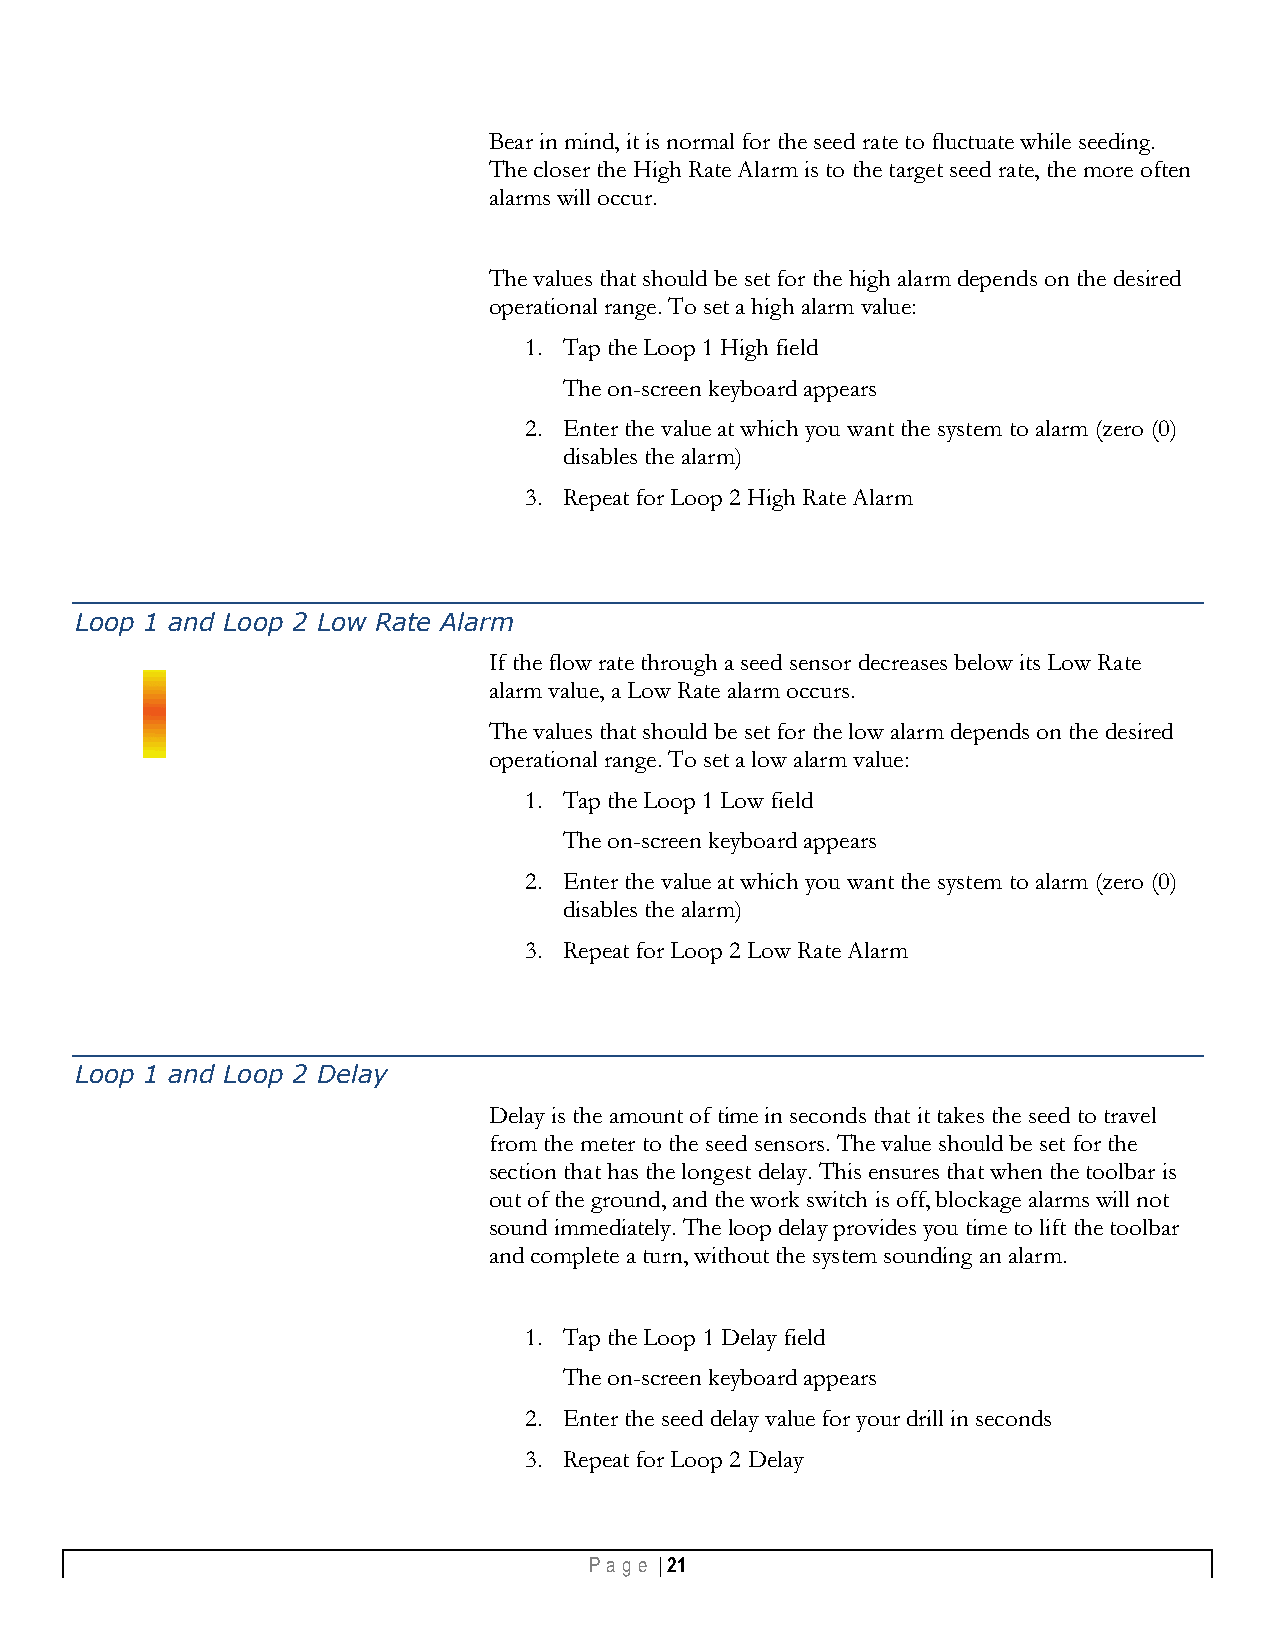
Bear in mind, it is normal for the seed rate to fluctuate while seeding.
 The closer the High Rate Alarm is to the target seed rate, the more often
 alarms will occur.
 The values that should be set for the high alarm depends on the desired
 operational range. To set a high alarm value:
 1. Tap the Loop 1 High field
 The on-screen keyboard appears
 2. Enter the value at which you want the system to alarm (zero (0)
 disables the alarm)
 3. Repeat for Loop 2 High Rate Alarm
 Loop 1 and Loop 2 Low Rate Alarm
 If the flow rate through a seed sensor decreases below its Low Rate
 alarm value, a Low Rate alarm occurs.
 The values that should be set for the low alarm depends on the desired
 operational range. To set a low alarm value:
 1. Tap the Loop 1 Low field
 The on-screen keyboard appears
 2. Enter the value at which you want the system to alarm (zero (0)
 disables the alarm)
 3. Repeat for Loop 2 Low Rate Alarm
 Loop 1 and Loop 2 Delay
 Delay is the amount of time in seconds that it takes the seed to travel
 from the meter to the seed sensors. The value should be set for the
 section that has the longest delay. This ensures that when the toolbar is
 out of the ground, and the work switch is off, blockage alarms will not
 sound immediately. The loop delay provides you time to lift the toolbar
 and complete a turn, without the system sounding an alarm.
 1. Tap the Loop 1 Delay field
 The on-screen keyboard appears
 2. Enter the seed delay value for your drill in seconds
 3. Repeat for Loop 2 Delay
 Pa g e | 21